65_HS1-834228961_62-HQ-83894_Section_1
Agency: FBI
Page 52
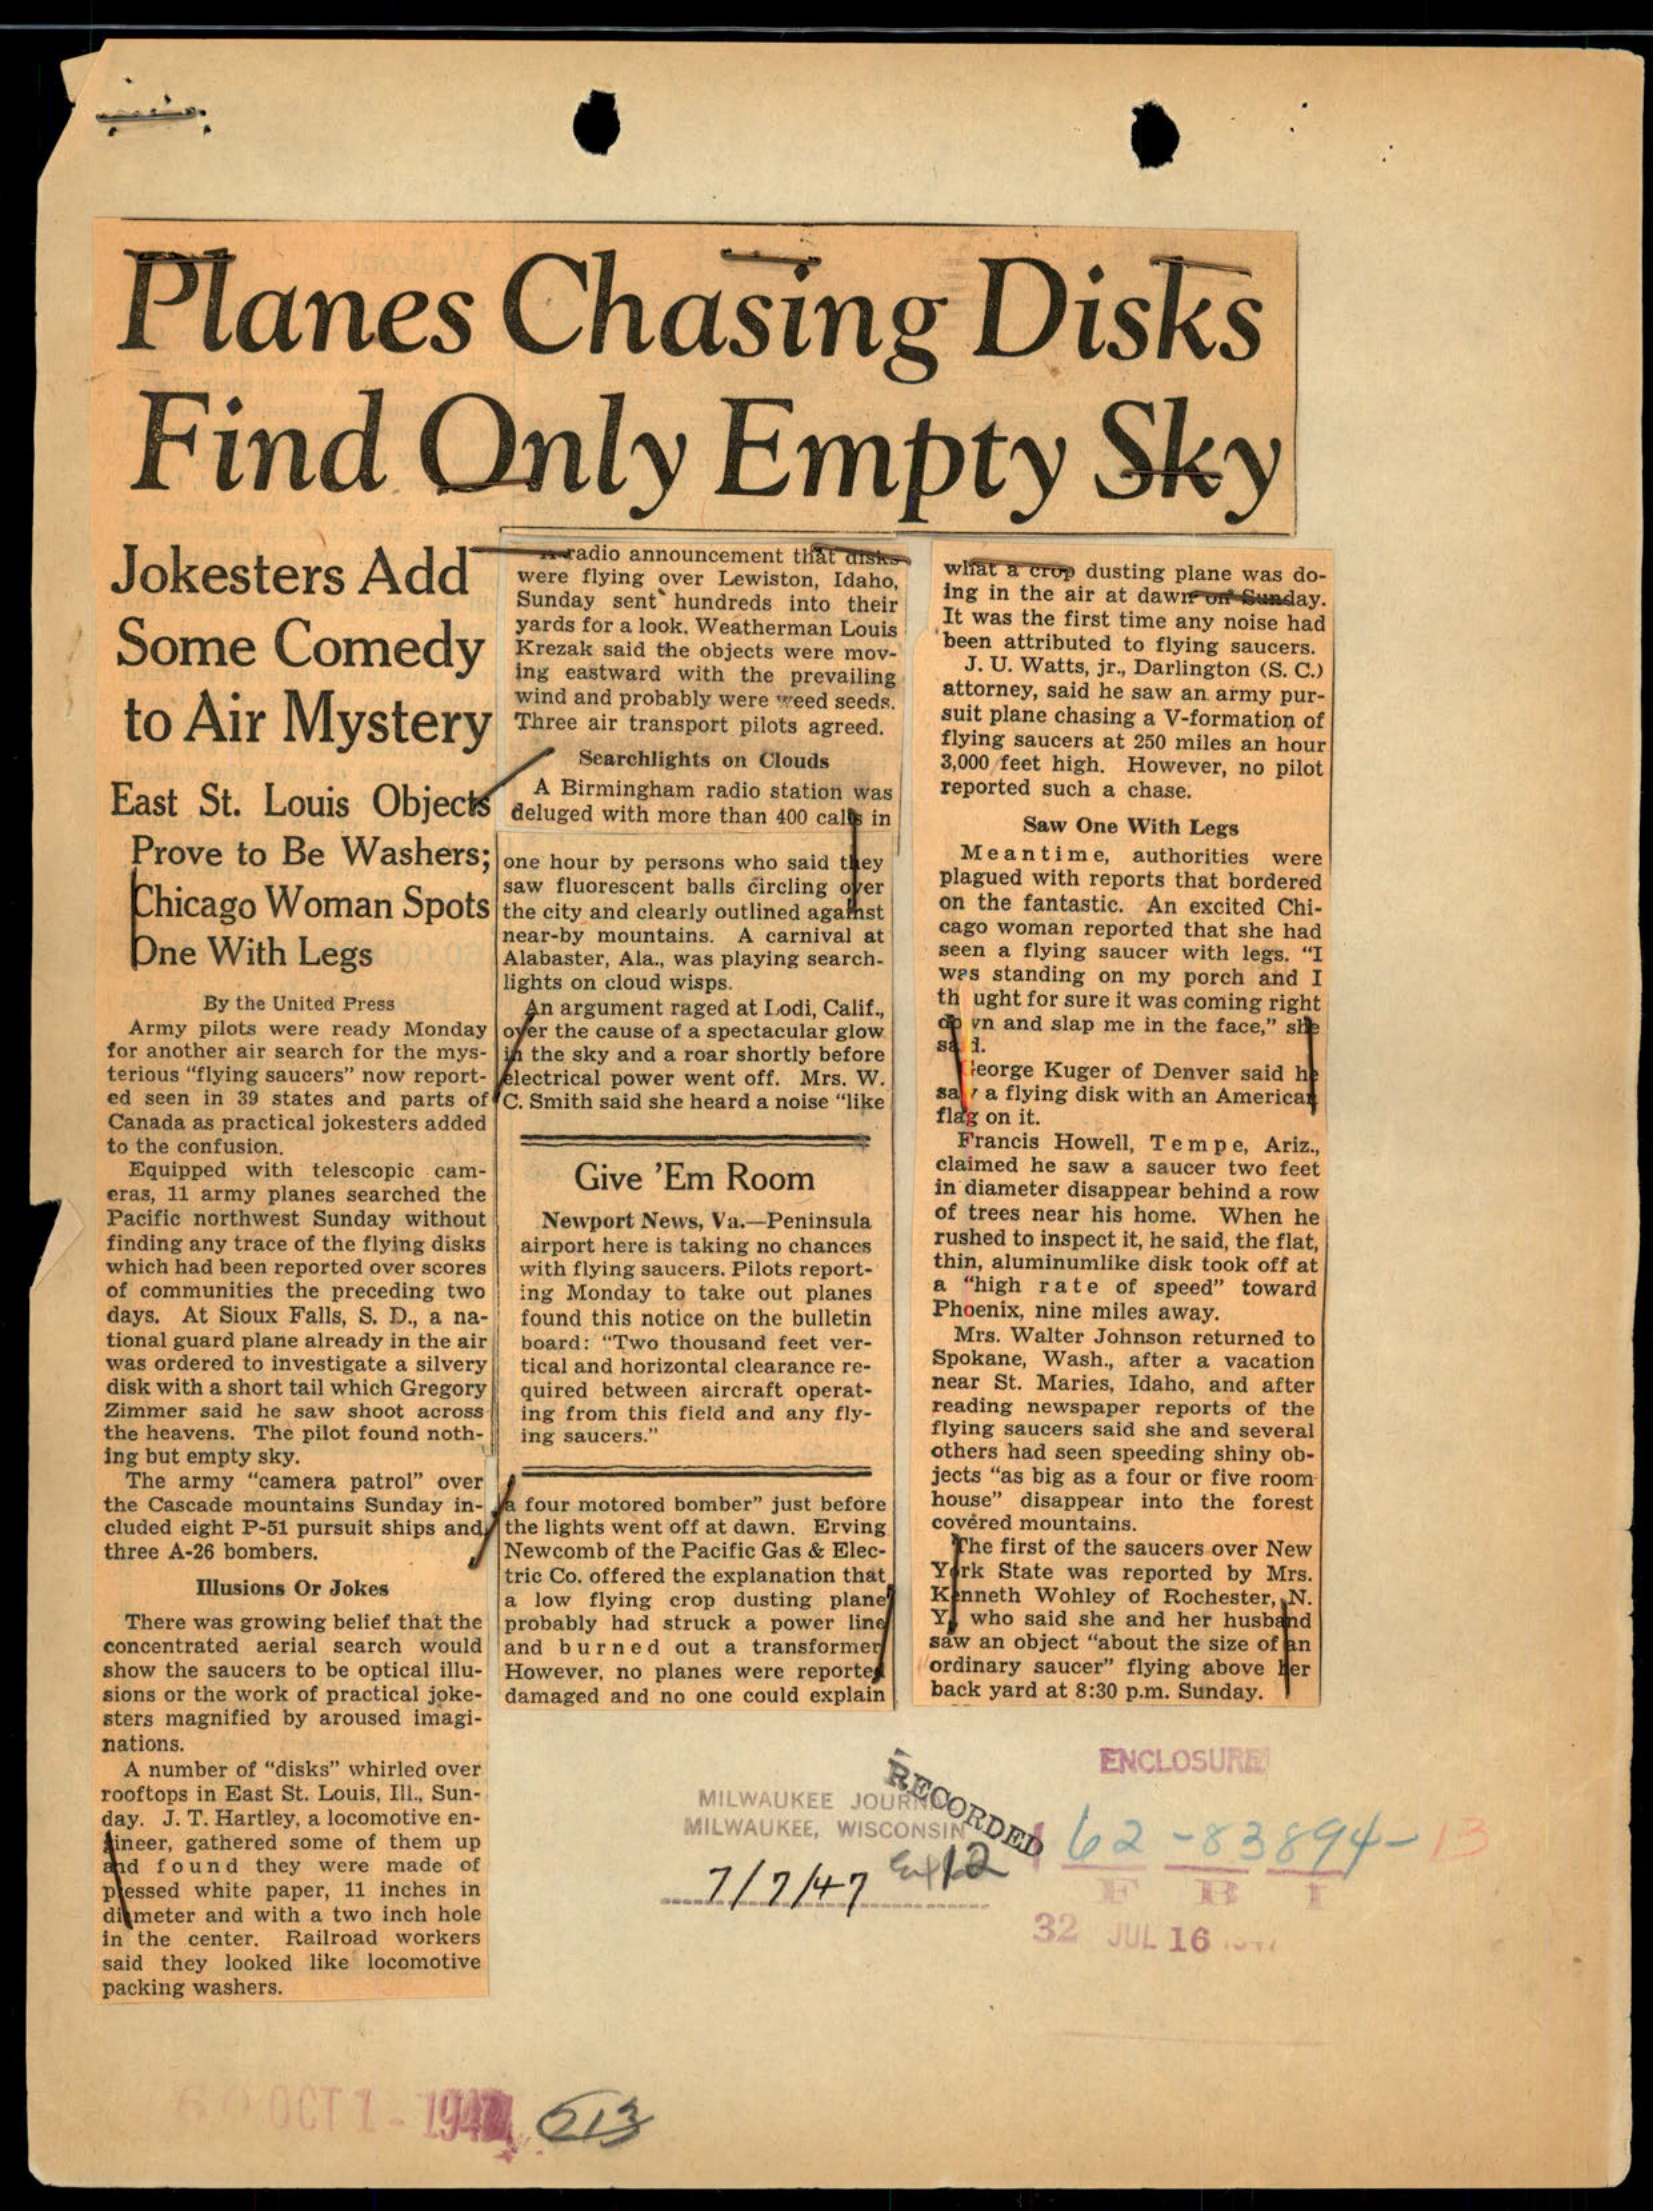